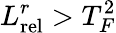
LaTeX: L_{\mathrm{rel}}^{r}>T_{F}^{2}